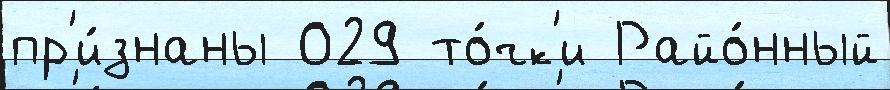
пр'и́знаны 029 то́чк'и Райо́нный